Report of the Indian Hemp Drugs Commission, 1894-1895 - Volume I
Year: 1894
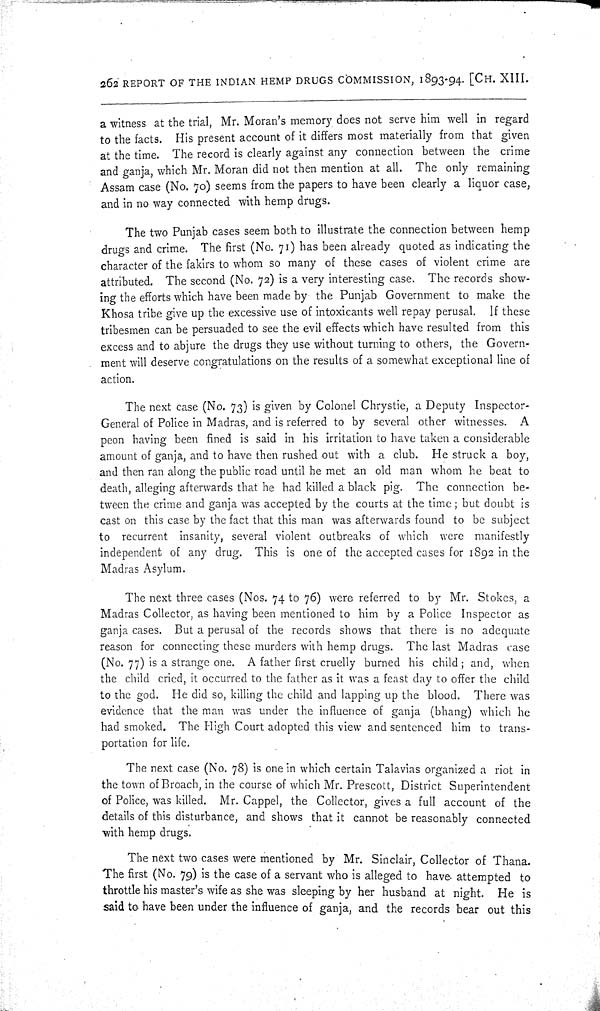
262 REPORT OF THE INDIAN HEMP DRUGS COMMISSION, 1893-94. [CH. XIII.
a witness at the trial, Mr. Moran's memory does not serve him well in regard
to the facts. His present account of it differs most materially from that given
at the time. The record is clearly against any connection between the crime
and ganja, which Mr. Moran did not then mention at all. The only remaining
Assam case (No. 70) seems from the papers to have been clearly a liquor case,
and in no way connected with hemp drugs.
The two Punjab cases seem both to illustrate the connection between hemp
drugs and crime. The first (No. 71) has been already quoted as indicating the
character of the fakirs to whom so many of these cases of violent crime are
attributed. The second (No. 72) is a very interesting case. The records show-
ing the efforts which have been made by the Punjab Government to make the
Khosa tribe give up the excessive use of intoxicants well repay perusal. If these
tribesmen can be persuaded to see the evil effects which have resulted from this
excess and to abjure the drugs they use without turning to others, the Govern-
ment will deserve congratulations on the results of a somewhat exceptional line of
action.
The next case (No. 73) is given by Colonel Chrystie, a Deputy Inspector-
General of Police in Madras, and is referred to by several other witnesses. A
peon having been fined is said in his irritation to have taken a considerable
amount of ganja, and to have then rushed out with a club. He struck a boy,
and then ran along the public road until he met an old man whom he beat to
death, alleging afterwards that he had killed a black pig. The connection be-
tween the crime and ganja was accepted by the courts at the time; but doubt is
cast on this case by the fact that this man was afterwards found to be subject
to recurrent insanity, several violent outbreaks of which were manifestly
independent of any drug. This is one of the accepted cases for 1892 in the
Madras Asylum.
The next three cases (Nos. 74 to 76) were referred to by Mr. Stokes, a
Madras Collector, as having been mentioned to him by a Police Inspector as
ganja cases. But a perusal of the records shows that there is no adequate
reason for connecting these murders with hemp drugs. The last Madras case
(No. 77) is a strange one. A father first cruelly burned his child; and, when
the child cried, it occurred to the father as it was a feast day to offer the child
to the god. He did so, killing the child and lapping up the blood. There was
evidence that the man was under the influence of ganja (bhang) which he
had smoked. The High Court adopted this view and sentenced him to trans-
portation for life.
The next case (No. 78) is one in which certain Talavias organized a riot in
the town of Broach, in the course of which Mr. Prescott, District Superintendent
of Police, was killed. Mr. Cappel, the Collector, gives a full account of the
details of this disturbance, and shows that it cannot be reasonably connected
with hemp drugs.
The next two cases were mentioned by Mr. Sinclair, Collector of Thana.
The first (No. 79) is the case of a servant who is alleged to have attempted to
throttle his master's wife as she was sleeping by her husband at night. He is
said to have been under the influence of ganja, and the records bear out this